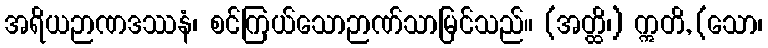
အရိယဉာဏဒဿနံ၊ စင်ကြယ်သောဉာဏ်သာမြင်သည်။ (အတ္ထိ၊) ဣတိ, (သော၊